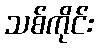
သစ်ကိုင်း